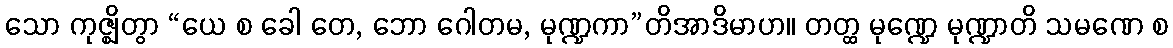
သော ကုဇ္ဈိတွာ “ယေ စ ခေါ တေ, ဘော ဂေါတမ, မုဏ္ဍကာ”တိအာဒိမာဟ။ တတ္ထ မုဏ္ဍေ မုဏ္ဍာတိ သမဏေ စ